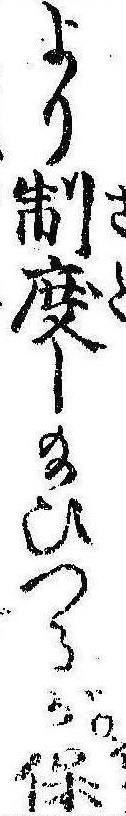
より制度し給ひつるが保